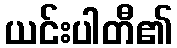
ယင်းပါတီ၏